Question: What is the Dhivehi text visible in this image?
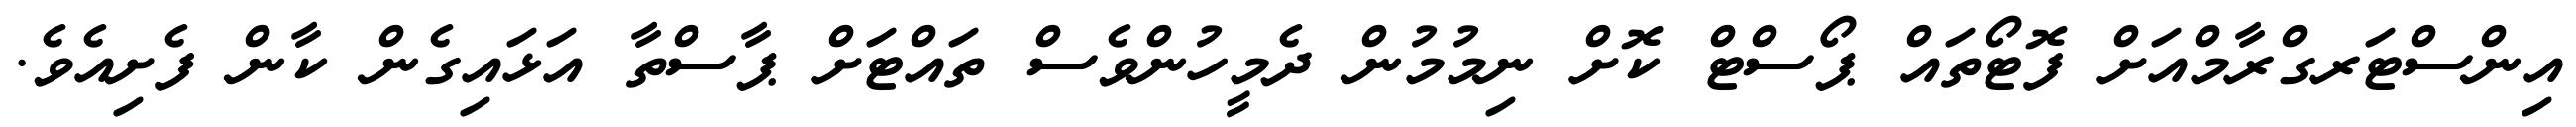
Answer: އިންސްޓަރގްރާމްއަށް ފޮޓޯތައް ޕޯސްޓް ކޮށް ނިމުމުން ދެމީހުންވެސް ތައްޓަށް ޕާސްތާ އަޅައިގެން ކާން ފެށިއެވެ.